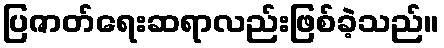
ပြဇာတ်ရေးဆရာလည်းဖြစ်ခဲ့သည်။